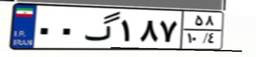
۰۰گ۱۸۷۵۸